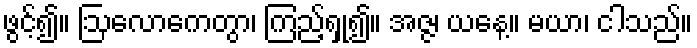
ဖွင့်၍။ ဩလောကေတွာ၊ ကြည့်ရှု၍။ အဇ္ဇ၊ ယနေ့။ မယာ၊ ငါသည်။